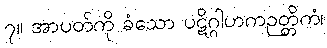
၇။ အာပတ်ကို ခံသော ပဋိဂ္ဂါဟကဉတ္တိကံ၊